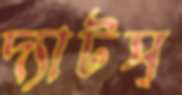
দ্যাটস্